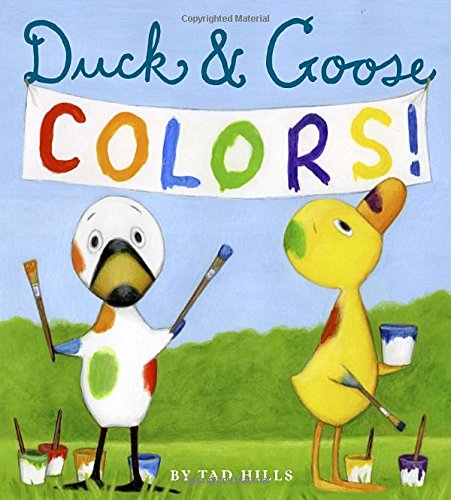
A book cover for Duck & Goose Colors; Tad Hills; Children's Books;